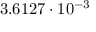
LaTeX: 3 . 6 1 2 7 \cdot 1 0 ^ { - 3 }